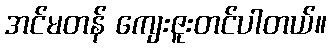
အင်မတန် ကျေးဇူးတင်ပါတယ်။